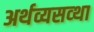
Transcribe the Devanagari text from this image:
अर्थव्यसव्था